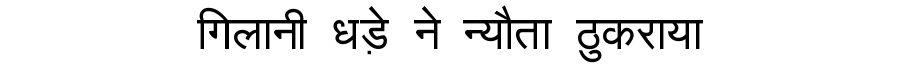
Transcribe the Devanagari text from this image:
गिलानी धड़े ने न्यौता ठुकराया